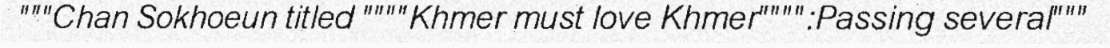
"""Chan Sokhoeun titled """"Khmer must love Khmer"""":Passing several"""